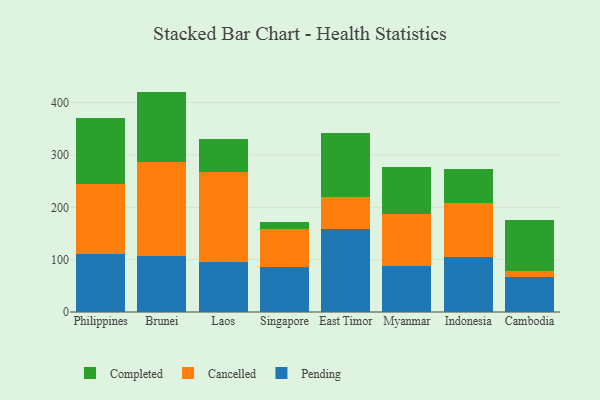
{"axis": {"x": "Country", "y": "Shipments"}, "legend": ["Cancelled", "Completed", "Pending"], "data": [{"x": "Philippines", "y": 110.3, "type": "Pending"}, {"x": "Philippines", "y": 134.0, "type": "Cancelled"}, {"x": "Philippines", "y": 126.6, "type": "Completed"}, {"x": "Brunei", "y": 106.8, "type": "Pending"}, {"x": "Brunei", "y": 179.6, "type": "Cancelled"}, {"x": "Brunei", "y": 134.7, "type": "Completed"}, {"x": "Laos", "y": 95.0, "type": "Pending"}, {"x": "Laos", "y": 171.6, "type": "Cancelled"}, {"x": "Laos", "y": 64.3, "type": "Completed"}, {"x": "Singapore", "y": 86.0, "type": "Pending"}, {"x": "Singapore", "y": 73.2, "type": "Cancelled"}, {"x": "Singapore", "y": 13.2, "type": "Completed"}, {"x": "East Timor", "y": 158.0, "type": "Pending"}, {"x": "East Timor", "y": 62.0, "type": "Cancelled"}, {"x": "East Timor", "y": 122.5, "type": "Completed"}, {"x": "Myanmar", "y": 88.0, "type": "Pending"}, {"x": "Myanmar", "y": 98.9, "type": "Cancelled"}, {"x": "Myanmar", "y": 89.8, "type": "Completed"}, {"x": "Indonesia", "y": 104.9, "type": "Pending"}, {"x": "Indonesia", "y": 103.5, "type": "Cancelled"}, {"x": "Indonesia", "y": 64.9, "type": "Completed"}, {"x": "Cambodia", "y": 66.5, "type": "Pending"}, {"x": "Cambodia", "y": 11.8, "type": "Cancelled"}, {"x": "Cambodia", "y": 96.7, "type": "Completed"}]}